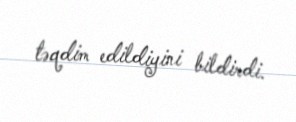
təqdim edildiyini bildirdi.